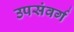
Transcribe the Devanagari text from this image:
उपसंवर्ग